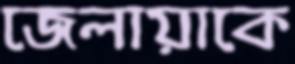
জেলায়াকে